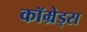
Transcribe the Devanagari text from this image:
कॉम्रेड्स